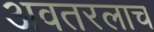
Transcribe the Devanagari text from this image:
अवतरलाच